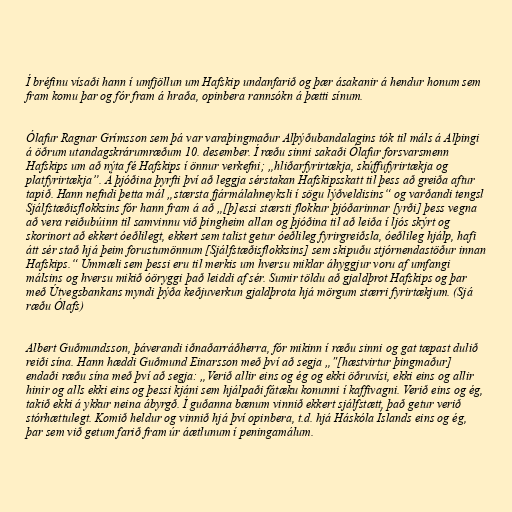
Í bréfinu vísaði hann í umfjöllun um Hafskip undanfarið og þær ásakanir á hendur honum sem
fram komu þar og fór fram á hraða, opinbera rannsókn á þætti sínum.

Ólafur Ragnar Grímsson sem þá var varaþingmaður Alþýðubandalagins tók til máls á Alþingi
á öðrum utandagskrárumræðum 10. desember. Í ræðu sinni sakaði Ólafur forsvarsmenn
Hafskips um að nýta fé Hafskips í önnur verkefni; „hliðarfyrirtækja, skúffufyrirtækja og
platfyrirtækja”. Á þjóðina þyrfti því að leggja sérstakan Hafskipsskatt til þess að greiða aftur
tapið. Hann nefndi þetta mál „stærsta fjármálahneyksli í sögu lýðveldisins“ og varðandi tengsl
Sjálfstæðisflokksins fór hann fram á að „[þ]essi stærsti flokkur þjóðarinnar [yrði] þess vegna
að vera reiðubúinn til samvinnu við þingheim allan og þjóðina til að leiða í ljós skýrt og
skorinort að ekkert óeðlilegt, ekkert sem talist getur óeðlileg fyrirgreiðsla, óeðlileg hjálp, hafi
átt sér stað hjá þeim forustumönnum [Sjálfstæðisflokksins] sem skipuðu stjórnendastöður innan
Hafskips.“ Ummæli sem þessi eru til merkis um hversu miklar áhyggjur voru af umfangi
málsins og hversu mikið óöryggi það leiddi af sér. Sumir töldu að gjaldþrot Hafskips og þar
með Útvegsbankans myndi þýða keðjuverkun gjaldþrota hjá mörgum stærri fyrirtækjum. (Sjá
ræðu Ólafs)

Albert Guðmundsson, þáverandi iðnaðarráðherra, fór mikinn í ræðu sinni og gat tæpast dulið
reiði sína. Hann hæddi Guðmund Einarsson með því að segja „"[hæstvirtur þingmaður]
endaði ræðu sína með því að segja: „Verið allir eins og ég og ekki öðruvísi, ekki eins og allir
hinir og alls ekki eins og þessi kjáni sem hjálpaði fátæku konunni í kaffivagni. Verið eins og ég,
takið ekki á ykkur neina ábyrgð. Í guðanna bænum vinnið ekkert sjálfstætt, það getur verið
stórhættulegt. Komið heldur og vinnið hjá því opinbera, t.d. hjá Háskóla Íslands eins og ég,
þar sem við getum farið fram úr áætlunum í peningamálum.